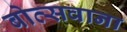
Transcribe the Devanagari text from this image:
बोत्‍सवाना